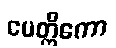
ပေတ္တိကော